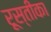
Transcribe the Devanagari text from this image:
रूस्तीका